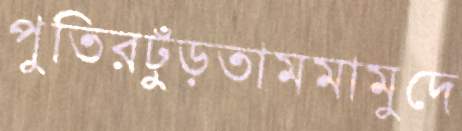
পুতিরঢুঁড়তামমামুদে